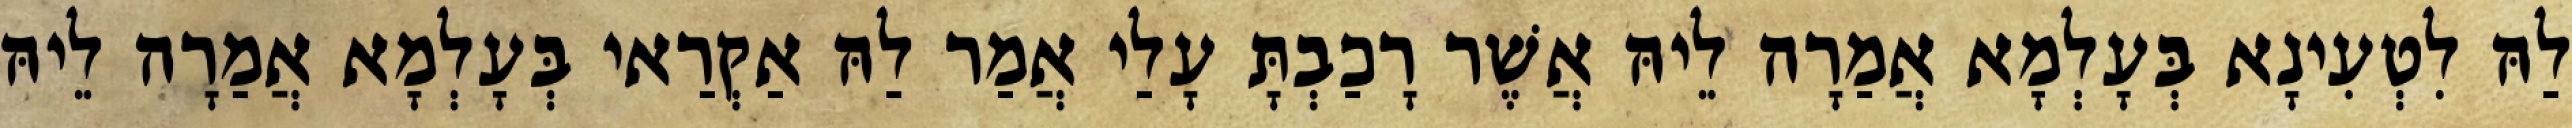
לַהּ לִטְעִינָא בְּעָלְמָא אֲמַרָה לֵיהּ אֲשֶׁר רָכַבְתָּ עָלַי אֲמַר לַהּ אַקְרַאי בְּעָלְמָא אֲמַרָה לֵיהּ